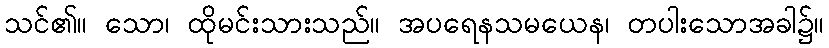
သင်၏။ သော၊ ထိုမင်းသားသည်။ အပရေနသမယေန၊ တပါးသောအခါ၌။